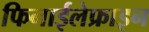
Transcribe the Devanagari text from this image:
फिनाईलेफ्राइन